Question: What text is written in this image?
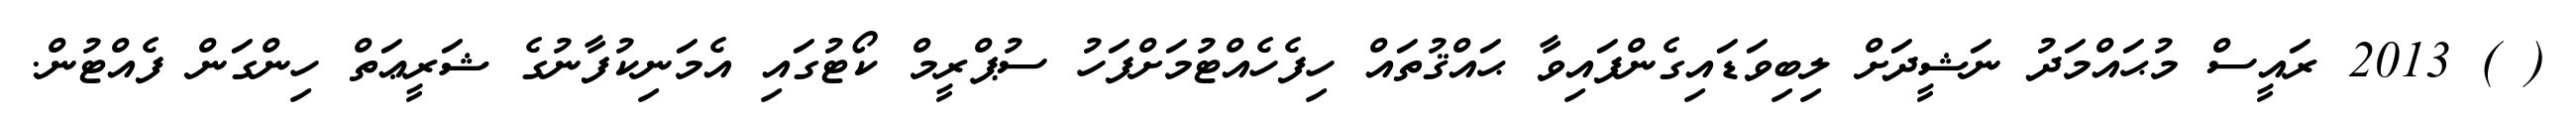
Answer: ( ) 2013 ރައީސް މުޙައްމަދު ނަޝީދަށް ލިބިވަޑައިގެންފައިވާ ޙައްޤުތައް ހިފެހެއްޓުމަށްފަހު ސުޕްރީމް ކޯޓުގައި އެމަނިކުފާނުގެ ޝަރީޢަތް ހިންގަން ފެއްޓުން.